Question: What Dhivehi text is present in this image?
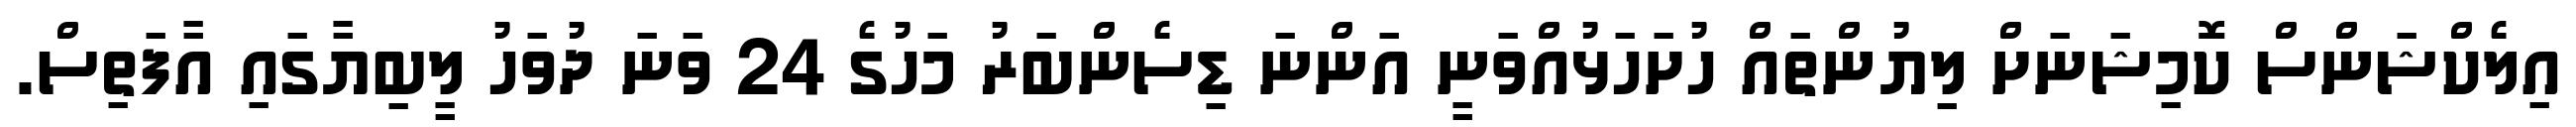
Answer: އިލެކްޝަންސް ކޮމިޝަނަށް ލިޔުންތައް ހުށަހަޅުއްވަނީ އަންނަ ޑިސެންބަރު މަހުގެ 24 ވަނަ ދުވަހު ލީބިޔާގައި އާފަތިސް.